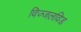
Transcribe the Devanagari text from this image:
विज्जलविड